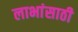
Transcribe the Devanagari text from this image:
लाभांसाठी